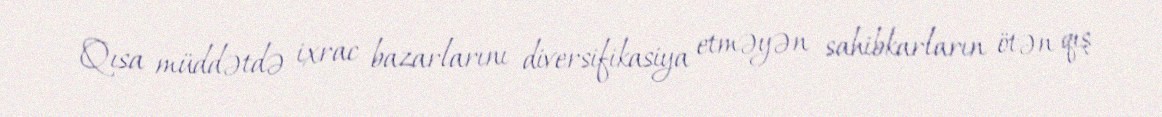
Qısa müddətdə ixrac bazarlarını diversifikasiya etməyən sahibkarların ötən qış